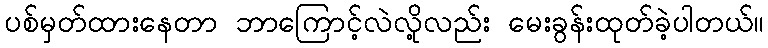
ပစ်မှတ်ထားနေတာ ဘာကြောင့်လဲလို့လည်း မေးခွန်းထုတ်ခဲ့ပါတယ်။